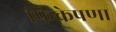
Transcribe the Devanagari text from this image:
फिकेपणा